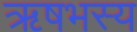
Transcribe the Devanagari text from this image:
ऋषभस्य